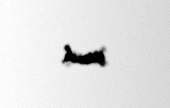
yanıb.